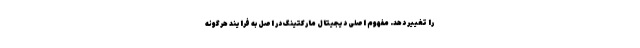
را تغییر دهد. مفهوم اصلی دیجیتال مارکتینگ در اصل به فرایند هرگونه